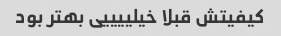
کیفیتش قبلا خیلییییی بهتر بود